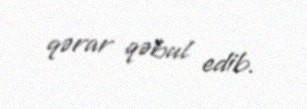
qərar qəbul edib.